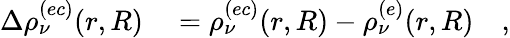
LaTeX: \begin{array}{rl}{\Delta\rho_{\nu}^{(ec)}(r,R)}&{{}=\rho_{\nu}^{(ec)}(r,R)-\rho_{\nu}^{(e)}(r,R)\quad,}\end{array}